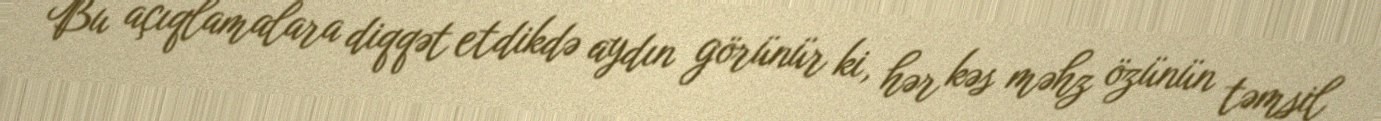
Bu açıqlamalara diqqət etdikdə aydın görünür ki, hər kəs məhz özünün təmsil